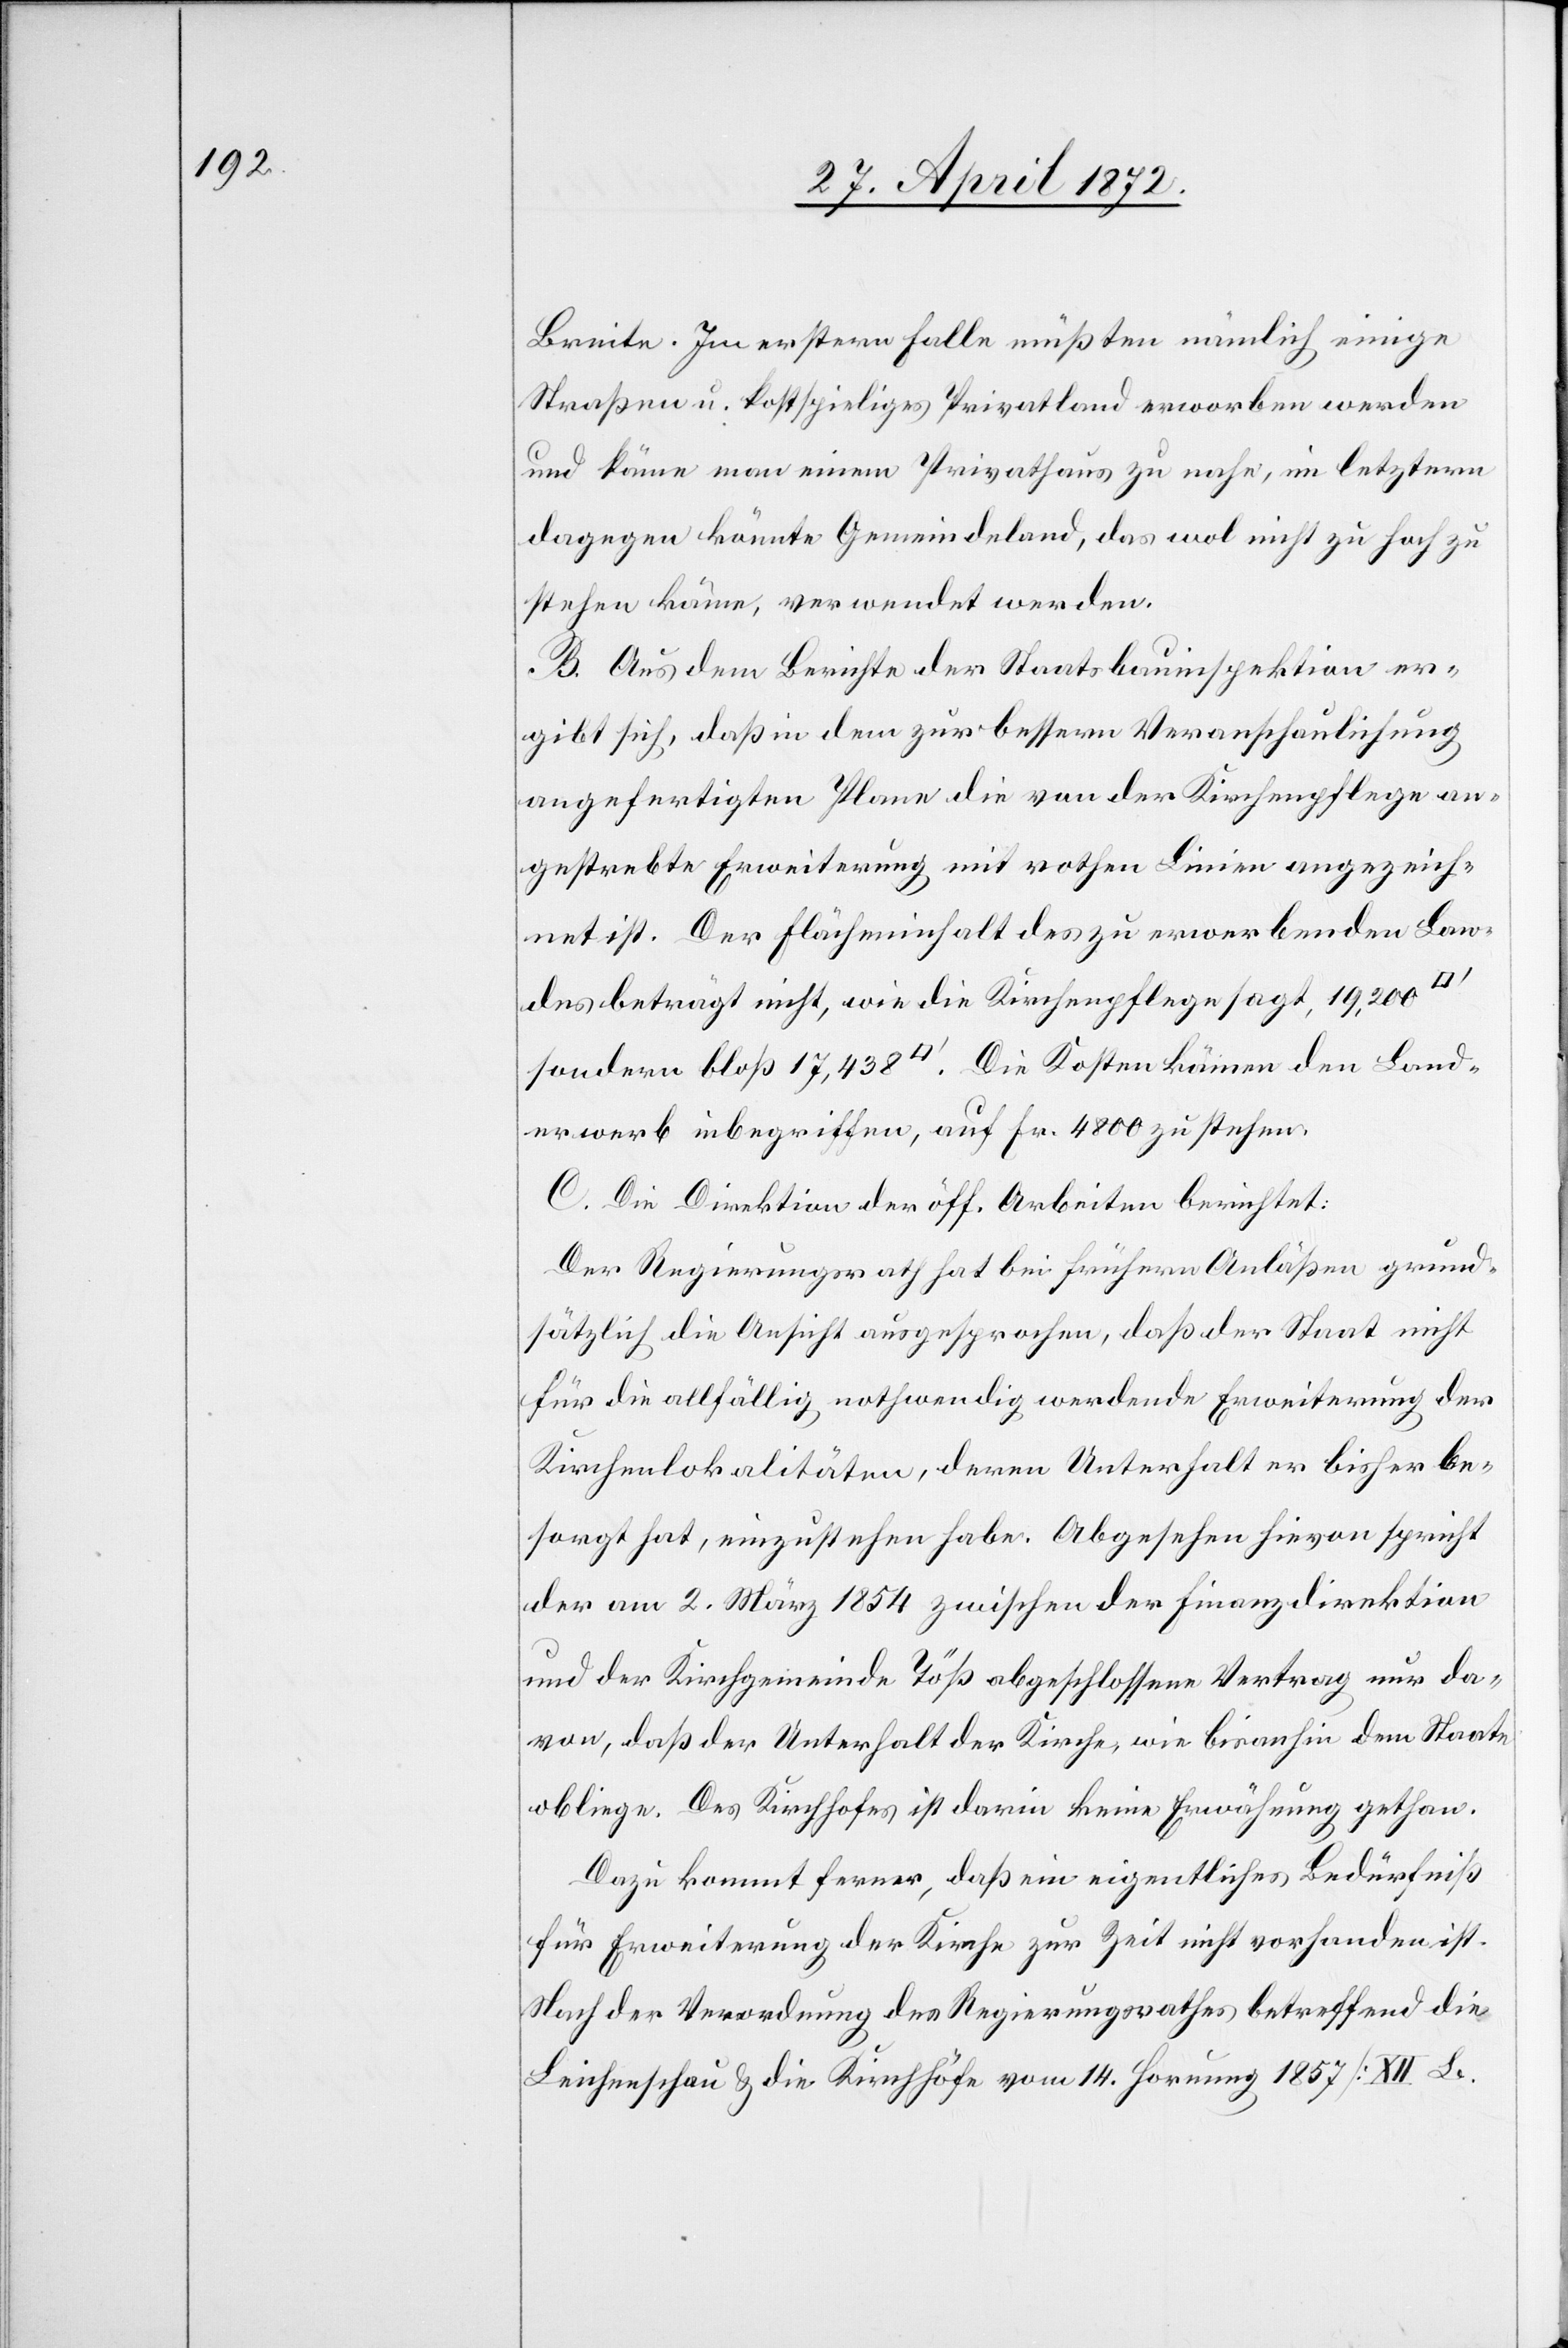
Breite. Im erstern Falle müßten nämlich einige
Straßen u. kostspieliges Privatland erworben werden
und käme man einem Privathaus zu nahe, im letztern
dagegen könnte Gemeindeland, das wol nicht zu hoch zu
stehen käme, verwendet werden.
B. Aus dem Berichte der Staatsbauinspektion er¬
gibt sich, daß in dem zur bessern Veranschaulichung
angefertigten Plane die von der Kirchenpflege an¬
gestrebte Erweiterung mit rothen Linien angezeich¬
net ist. Der Flächeninhalt des zu erwerbenden Lan¬
des beträgt nicht, wie die Kirchenpflege sagt, 19,200
sondern bloß 17,438 [Quadratfuss]. Die Kosten kämen den Land¬
erwerb inbegriffen, auf Fr. 4800 zu stehen.
C. Die Direktion der öff. Arbeiten berichtet:
Der Regierungsrath hat bei frühern Anläßen grund¬
sätzlich die Ansicht ausgesprochen, daß der Staat nicht
für die allfällig nothwendig werdende Erweiterung der
Kirchenlokalitäten, deren Unterhalt er bisher be¬
sorgt hat, einzustehen habe. Abgesehen hievon spricht
der am 2. März 1854 zwischen der Finanzdirektion
und der Kirchgemeinde Töß abgeschlossene Vertrag nur da¬
von, daß der Unterhalt der Kirche, wie bisanhin dem Staate
obliege. Des Kirchhofes ist darin keine Erwähnung gethan.
Dazu kommt ferner, daß ein eigentliches Bedürfniß
für Erweiterung der Kirche zur Zeit nicht vorhanden ist.
Nach der Verordnung des Regierungsrathes betreffend die
Leichenschau u. die Kirchhöfe vom 14. Hornung 1857 [XII Le.